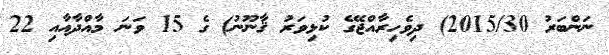
ނަންބަރު 2015/30) ދިވެހިރާއްޖޭގެ ކުޅިވަރު ޤާނޫނު) ގެ 15 ވަނަ މާއްދާއާއި 22